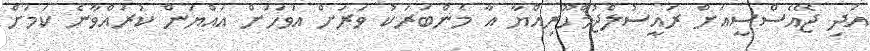
އަދި ޖޭއެސްސީއަށް ރައީސުލްޖުމްހޫރިއްޔާ އާ މެންބަރަކު ވަރަށް އަވަހަށް އައްޔަން ކުރައްވާނެ ކަމަށް